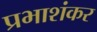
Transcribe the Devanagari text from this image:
प्रभाशंकर